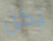
يكن